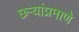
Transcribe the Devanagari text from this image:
छर्‍यांप्रमाणे